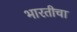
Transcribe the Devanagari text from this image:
भारतीचा